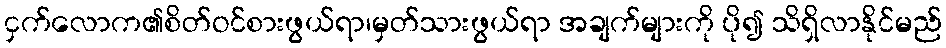
ငှက်လောက၏စိတ်ဝင်စားဖွယ်ရာ၊မှတ်သားဖွယ်ရာ အချက်များကို ပို၍ သိရှိလာနိုင်မည်